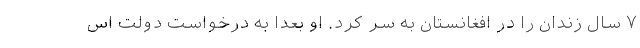
۷ سال زندان را در افغانستان به سر کرد. او بعدا به درخواست دولت اس